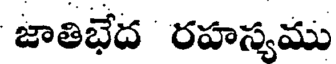
జాతిభేద రహస్యము